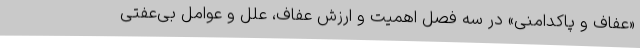
«عفاف و پاکدامنی» در سه فصل اهمیت و ارزش عفاف، علل و عوامل بی‌عفتی